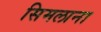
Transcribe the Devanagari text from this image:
सिमलाना